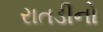
રાતડીનો